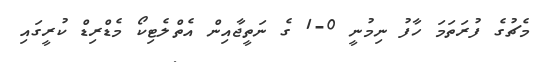
މެޗުގެ ފުރަތަމަ ހާފު ނިމުނީ 0-1 ގެ ނަތީޖާއިން އެތްލެޓިކޯ މެޑްރިޑް ކުރީގައި